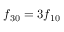
f _ { 3 0 } = 3 f _ { 1 0 }